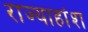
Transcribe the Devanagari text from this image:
राज्याहांश